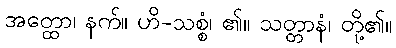
အတ္ထော၊ နက်။ ဟိ-သစ္စံ၊ ၏။ သတ္တာနံ၊ တို့၏။